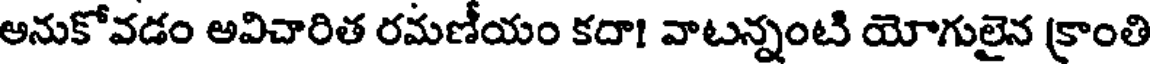
అనుకోవడం అవిచారిత రమణీయం కదా! వాటన్నంటి యోగులైన క్రాంతి